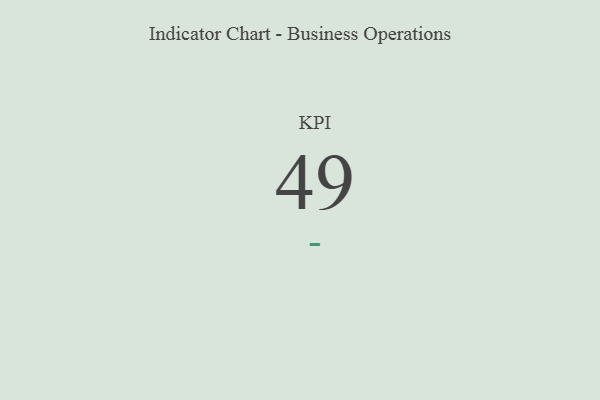
{"axis": {"x": "KPI", "y": "Value"}, "legend": [""], "data": [{"x": "KPI", "y": 49, "type": ""}]}